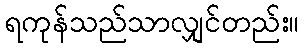
ရကုန်သည်သာလျှင်တည်း။